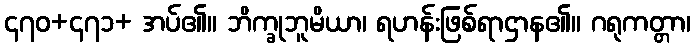
၄၇၀+၄၇၁+ အပ်၏။ ဘိက္ခုဘူမိယာ၊ ရဟန်းဖြစ်ရာဌာန၏။ ဂရုကတ္တာ၊